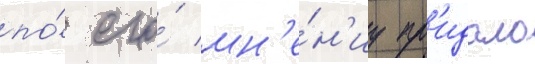
по́ его́ мн'е́н'иу пр'идало